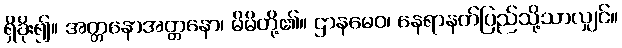
ရှိခိုး၍။ အတ္တနောအတ္တနော၊ မိမိတို့၏။ ဌာနမေဝ၊ နေရာနတ်ပြည်သို့သာလျှင်။